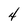
Character: 4